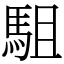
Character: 駔